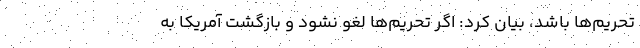
تحریم‌ها باشد، بیان کرد: اگر تحریم‌ها لغو نشود و بازگشت آمریکا به